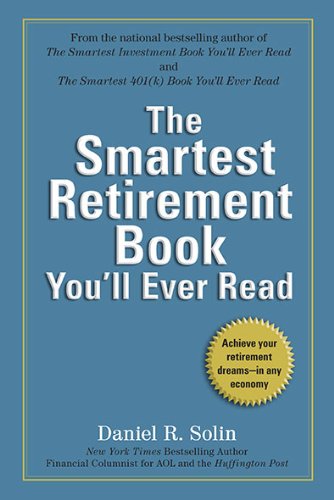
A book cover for The Smartest Retirement Book You'll Ever Read; Daniel R. Solin; Business & Money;